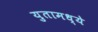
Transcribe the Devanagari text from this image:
युतामध्ये